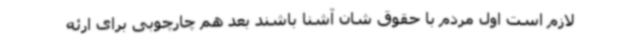
لازم است اول مردم با حقوق شان آشنا باشند بعد هم چارچوبی برای ارئه